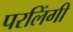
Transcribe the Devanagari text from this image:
परलिंगी